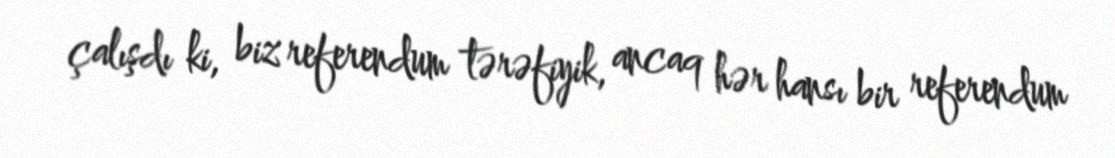
çalışdı ki, biz referendum tərəfiyik, ancaq hər hansı bir referendum